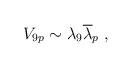
LaTeX: \begin{align*}V_{9p}\sim\lambda_9 {\overline \lambda}_p~,\end{align*}